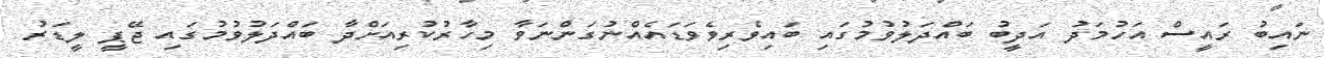
ނައިބު ރައީސް އަހުމަދު އަދީބު ބައްދަލުވުމުގައި ބައިވެރިވެވަޑައެއްނުގަންނަވާ މިހާރުކުރިއަށްދާ ބައްދަލުވުމުގައި ޖޭޕީ ލީޑަރު